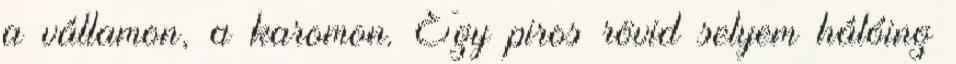
a vállamon, a karomon. Egy piros rövid selyem hálóing